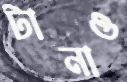
টানাও